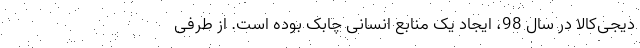
دیجی‌کالا در سال 98، ایجاد یک منابع انسانی چابک بوده است. از طرفی